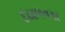
દયાળનગર